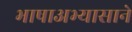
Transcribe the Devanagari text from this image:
भाषाअभ्यासाने